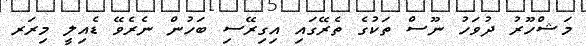
މަޝްހޫރު ދުވަހު ނޫސް ތަކުގެ ތެރޭގައި އިގިރޭސި ބަހުން ނެރެވޭ ޑެއިލީ މިރަރ